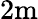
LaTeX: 2\textrm{m}